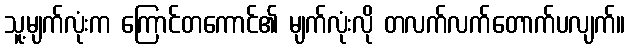
သူ့မျက်လုံးက ကြောင်တကောင်၏ မျက်လုံးလို တလက်လက်တောက်ပလျက်။